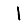
Digit: 1